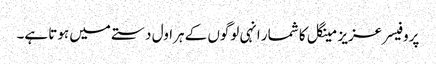
پروفیسر عزیز مینگل کا شمار انہی لوگوں کے ہراول دستے میں ہوتا ہے۔